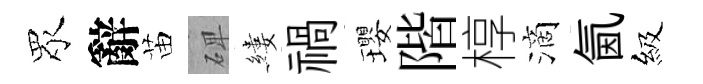
眾辭苗𥓓縷禍瓔階椁滴氤級